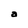
Character: a